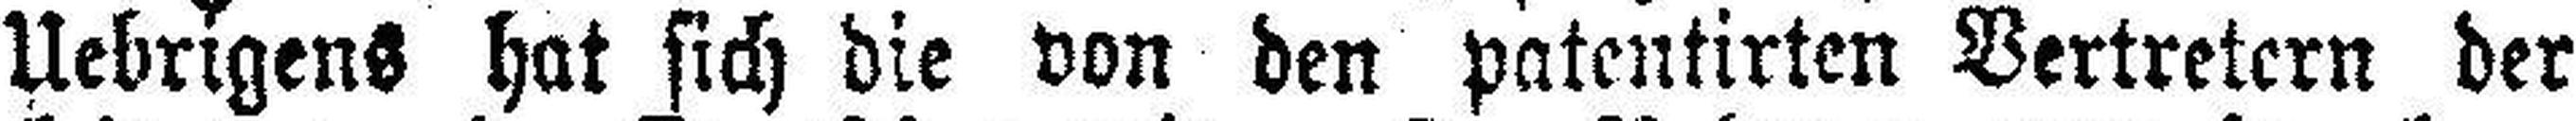
Uebrigens hat sich die von den patentirten Vertretern der